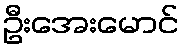
ဦးအေးမောင်